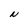
Character: N